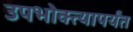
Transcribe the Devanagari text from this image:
उपभोक्त्यापर्यंत